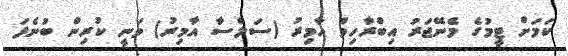
ކަމަށް ޓީމުގެ މެނޭޖަރު އިބްރާހިމް އާމިރު (ސަލްސާ އާމިރު) ވަނީ ކުރިން ބުނެފަ